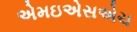
એમઇએસએચ